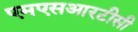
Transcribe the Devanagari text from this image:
एमएसआरटीसी